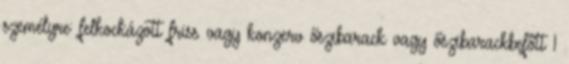
személyre: felkockázott friss vagy konzerv őszibarack vagy őszibarackbefőtt 1